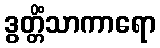
ဒွတ္တိံသာကာရော